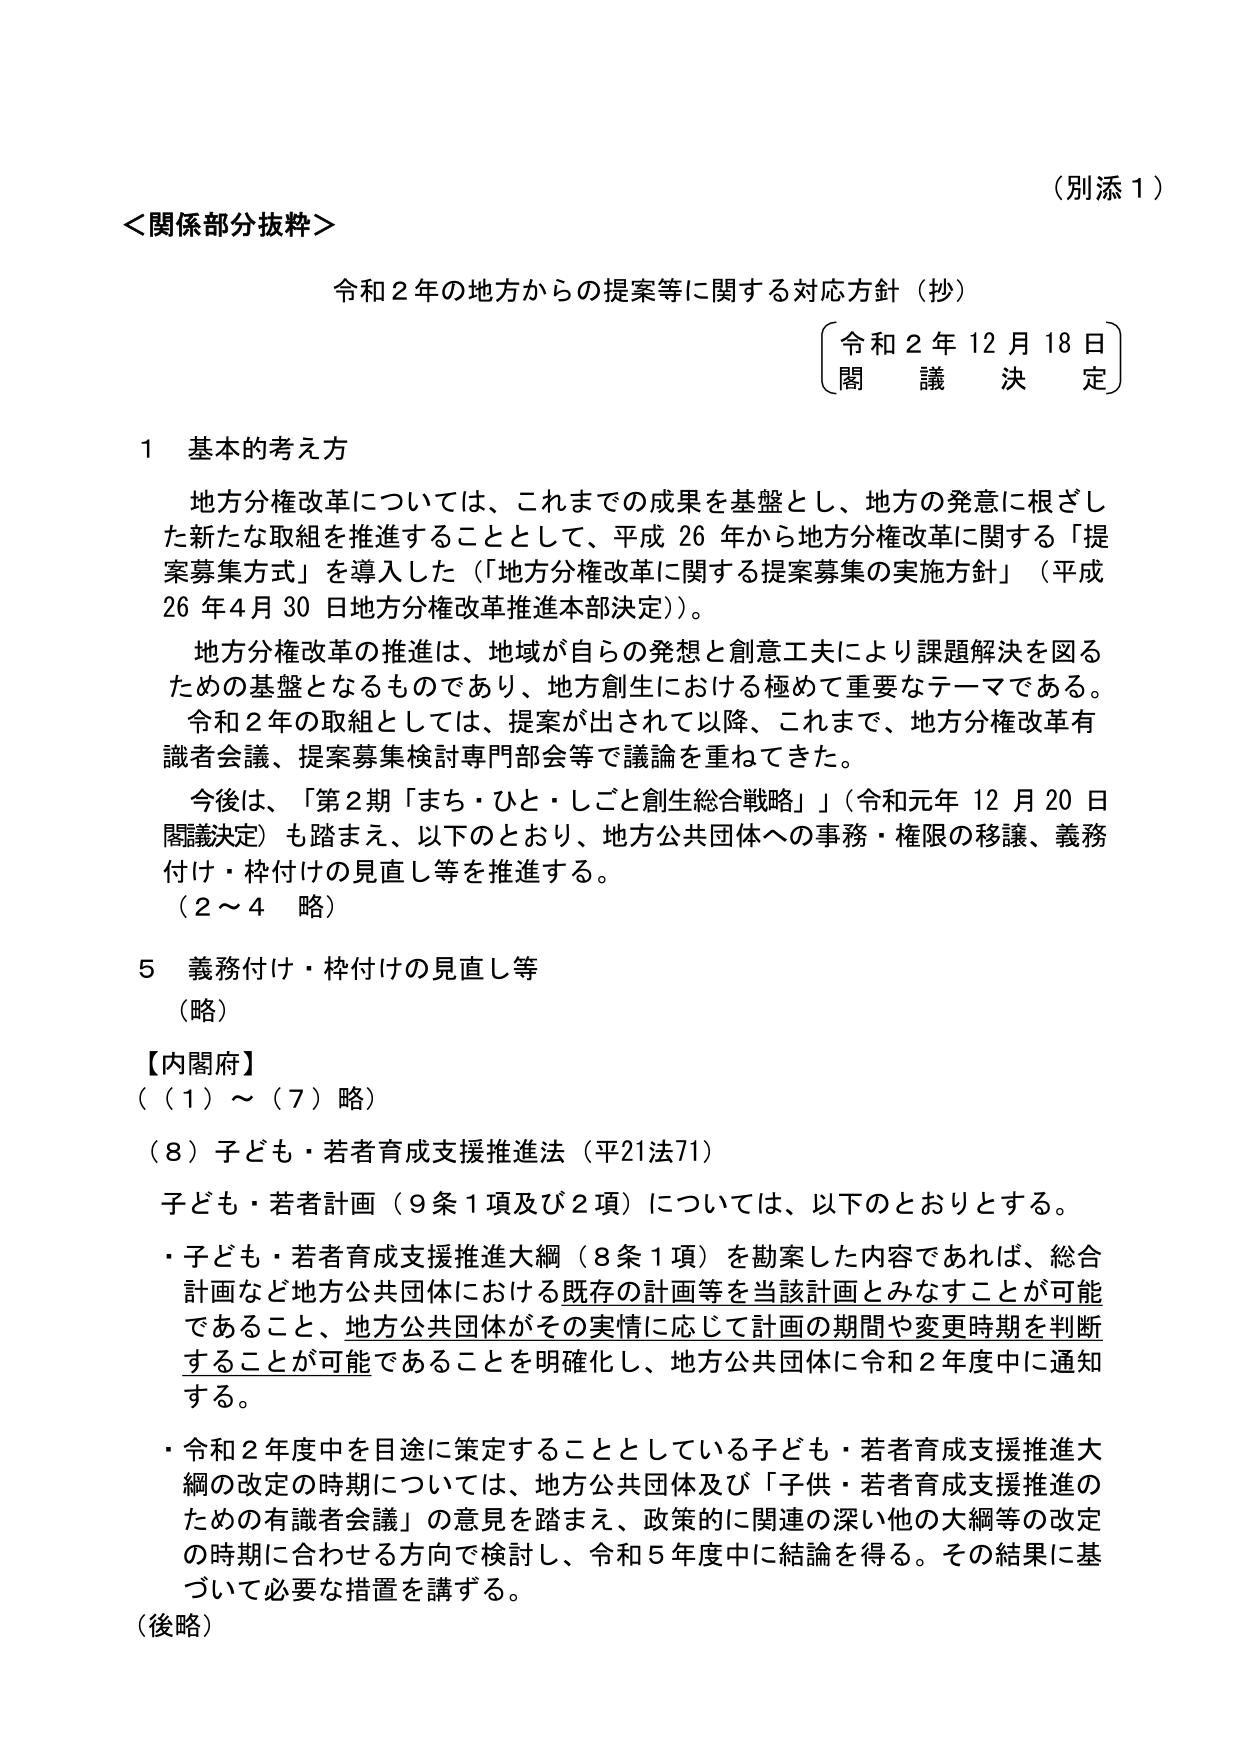
（別添１）

＜関係部分抜粋＞

令和２年の地方からの提案等に関する対応方針（抄）

〔令和２年１２月１８日〕
〔閣　議　決　定〕

１　基本的考え方

　地方分権改革については、これまでの成果を基盤とし、地方の発意に根ざした新たな取組を推進することとして、平成２６年から地方分権改革に関する「提案募集方式」を導入した（「地方分権改革に関する提案募集の実施方針」（平成２６年４月３０日地方分権改革推進本部決定））。

　地方分権改革の推進は、地域が自らの発想と創意工夫により課題解決を図るための基盤となるものであり、地方創生における極めて重要なテーマである。

　令和２年の取組としては、提案が出されて以降、これまで、地方分権改革有識者会議、提案募集検討専門部会等で議論を重ねてきた。

　今後は、「第２期「まち・ひと・しごと創生総合戦略」」（令和元年１２月２０日閣議決定）も踏まえ、以下のとおり、地方公共団体への事務・権限の移譲、義務付け・枠付けの見直し等を推進する。

（２～４　略）

５　義務付け・枠付けの見直し等

（略）

【内閣府】

（（１）～（７）略）

（８）子ども・若者育成支援推進法（平21法71）

　子ども・若者計画（９条１項及び２項）については、以下のとおりとする。

・子ども・若者育成支援推進大綱（８条１項）を勘案した内容であれば、総合計画など地方公共団体における既存の計画等を当該計画とみなすことが可能であること、地方公共団体がその実情に応じて計画の期間や変更時期を判断することが可能であることを明確化し、地方公共団体に令和２年度中に通知する。

・令和２年度中を目途に策定することとしている子ども・若者育成支援推進大綱の改定の時期については、地方公共団体及び「子供・若者育成支援推進のための有識者会議」の意見を踏まえ、政策的に関連の深い他の大綱等の改定の時期に合わせる方向で検討し、令和５年度中に結論を得る。その結果に基づいて必要な措置を講ずる。

（後略）